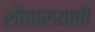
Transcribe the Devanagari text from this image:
शौचालयाची